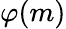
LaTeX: \varphi(m)